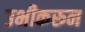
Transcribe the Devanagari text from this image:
उभीकरून